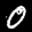
Label: 0